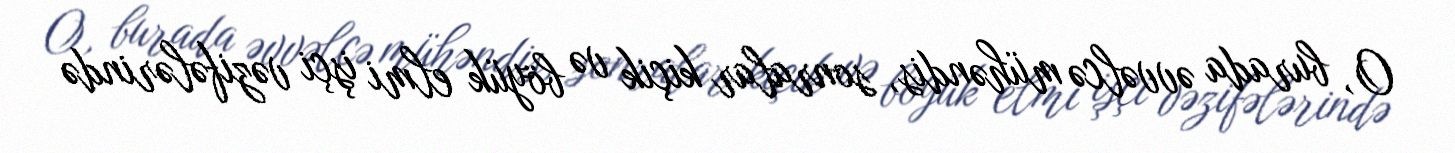
O, burada əvvəlcə mühəndis, sonralar kiçik və böyük elmi işçi vəzifələrində